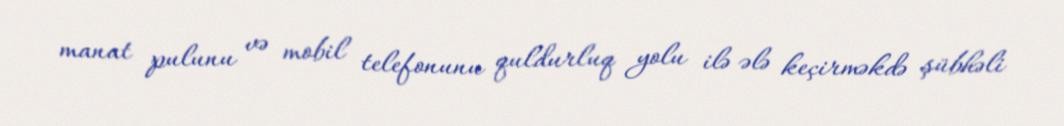
manat pulunu və mobil telefonunu quldurluq yolu ilə ələ keçirməkdə şübhəli